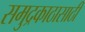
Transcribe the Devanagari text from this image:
समुद्रकाठासाठी